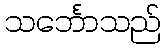
သင်္ဘောသည်